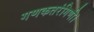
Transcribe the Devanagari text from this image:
गणकतरंगिणी।